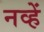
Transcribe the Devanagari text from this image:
नव्हें